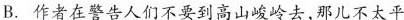
B.作者在警告人们不要到高山峻岭去，那儿不太平